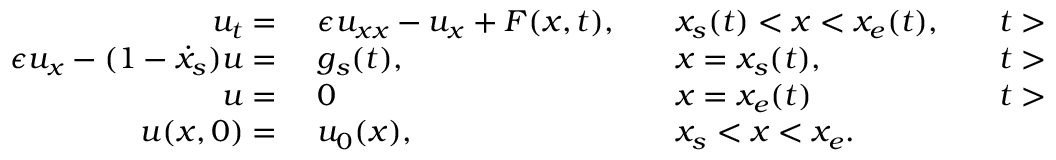
\begin{array} { r l r l r l } { u _ { t } = \ } & { { } \epsilon u _ { x x } - u _ { x } + F ( x , t ) , } & { } & { { } x _ { s } ( t ) < x < x _ { e } ( t ) , } & { } & { { } t > 0 } \\ { \epsilon u _ { x } - ( 1 - \dot { x } _ { s } ) u = \ } & { { } g _ { s } ( t ) , } & { } & { { } x = x _ { s } ( t ) , } & { } & { { } t > 0 } \\ { u = \ } & { { } 0 } & { } & { { } x = x _ { e } ( t ) } & { } & { { } t > 0 } \\ { u ( x , 0 ) = \ } & { { } u _ { 0 } ( x ) , } & { } & { { } x _ { s } < x < x _ { e } . } \end{array}